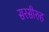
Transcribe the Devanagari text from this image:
सरसीरुह